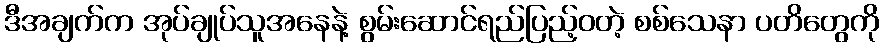
ဒီအချက်က အုပ်ချုပ်သူအနေနဲ့ စွမ်းဆောင်ရည်ပြည့်ဝတဲ့ စစ်သေနာ ပတိတွေကို